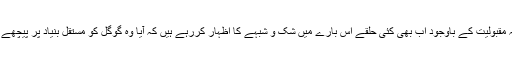
فیس بک کی حالیہ مقبولیت کے باوجود اب بھی کئی حلقے اس بارے میں شک و شبہے کا اظہار کررہے ہیں کہ آیا وہ گوگل کو مستقل بنیاد پر پیچھے چھوڑ سکتی ہے؟